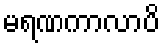
မရဏကာလာပိ